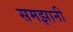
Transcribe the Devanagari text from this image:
समझानी